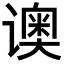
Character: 𬤡